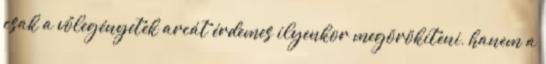
csak a vőlegényetek arcát érdemes ilyenkor megörökíteni, hanem a